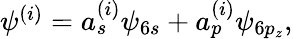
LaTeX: \begin{array}{r}{\psi^{(i)}=a_{s}^{(i)}\psi_{6s}+a_{p}^{(i)}\psi_{6p_{z}},}\end{array}